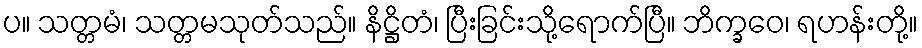
ပ။ သတ္တမံ၊ သတ္တမသုတ်သည်။ နိဋ္ဌိတံ၊ ပြီးခြင်းသို့ရောက်ပြီ။ ဘိက္ခဝေ၊ ရဟန်းတို့။